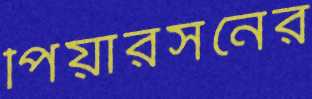
পিয়ারসনের